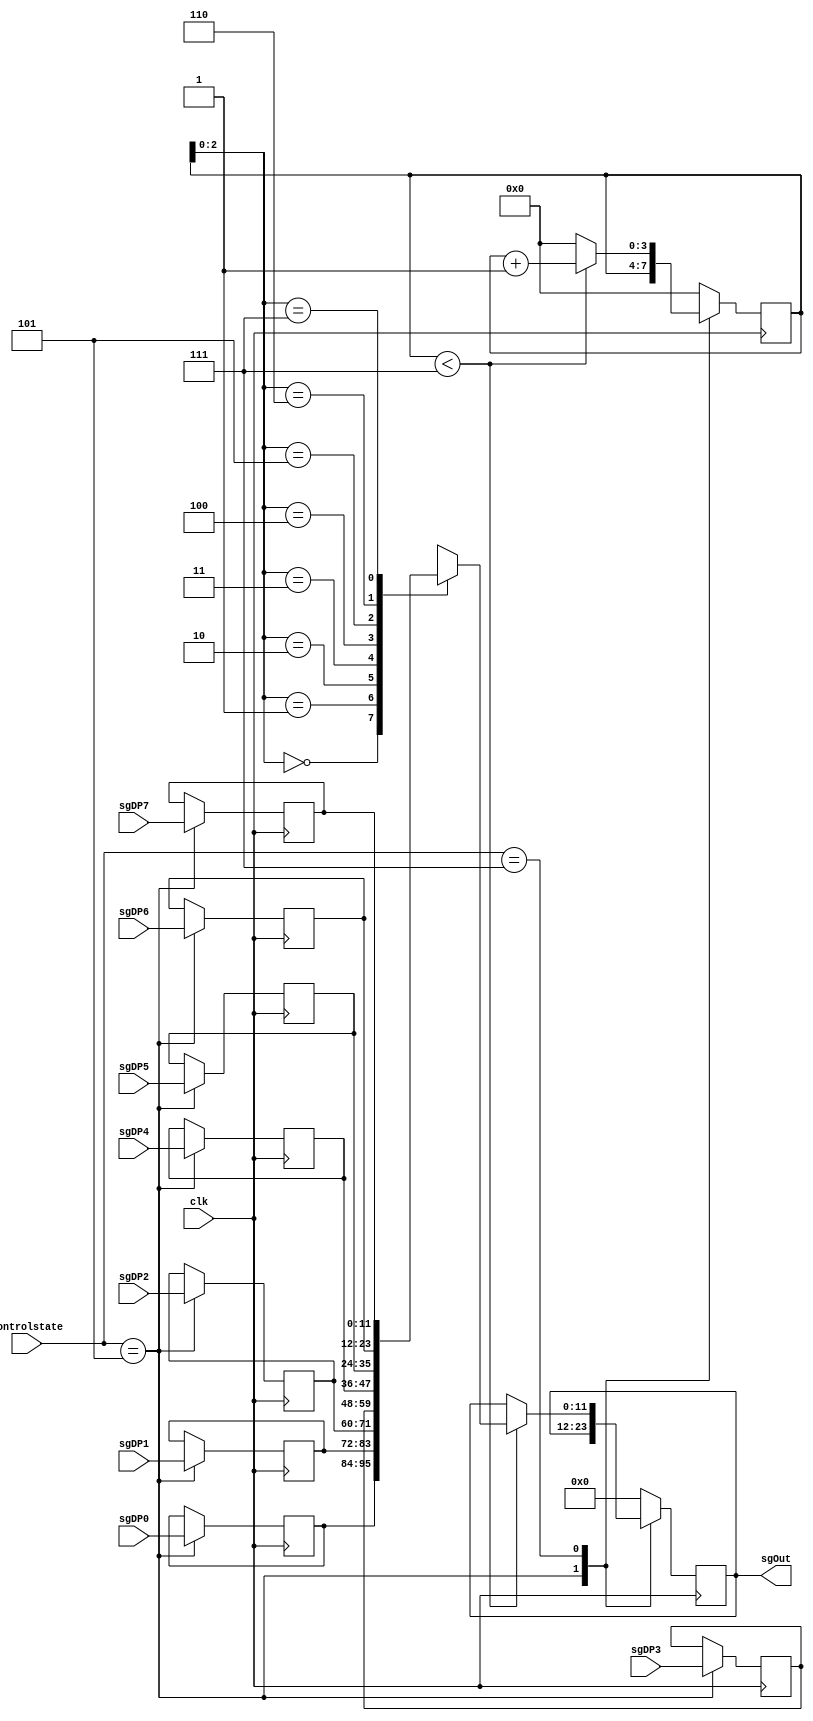
module sigGen (
	input clk,
	input [3:0] controlstate,
	input [11:0] sgDP0,
	input [11:0] sgDP1,
	input [11:0] sgDP2,
	input [11:0] sgDP3,
	input [11:0] sgDP4,
	input [11:0] sgDP5,
	input [11:0] sgDP6,
	input [11:0] sgDP7,
	output reg [11:0] sgOut
);

	reg [3:0] sgState;
	reg [11:0] sgDP [7:0];

	always @(negedge clk) begin //DAC CLOCKS DATA ON POSEDGE, LOOP RUNS ON NEGEDGE TO ALLOW AMPLE TIME BEFORE DAC DOES STUFF
		case (controlstate)
			default : begin
				sgState <= 4'h0;
				sgOut[11:0] <= 12'b0;
			end
			4'h5 : begin
				sgDP [0] <= sgDP0;
				sgDP [1] <= sgDP1;
				sgDP [2] <= sgDP2;
				sgDP [3] <= sgDP3;
				sgDP [4] <= sgDP4;
				sgDP [5] <= sgDP5;
				sgDP [6] <= sgDP6;
				sgDP [7] <= sgDP7;
			end
			4'h7 : begin
				if (sgState < 4'h7) begin
					sgOut[11:0] <= sgDP[sgState][11:0]; //SINGLE STATE FSM, GENIUS.
					sgState <= sgState + 1'b1;				
				end else begin
					sgState <= 4'h0;
				end
//				case (sgState)
//					BEGIN : begin
//						SGout[11:0] <= sgDP[0][11:0];
//						sgState <= ST1;
//					end
//					ST1 : begin
//						SGout[11:0] <= sgDP[1][11:0];
//						sgState <= ST2;
//					end
//					ST2 : begin
//						SGout[11:0] <= sgDP[2][11:0];
//						sgState <= ST3;
//					end
//					ST3 : begin
//						SGout[11:0] <= sgDP[3][11:0];
//						sgState <= ST4;
//					end
//					ST4 : begin
//						SGout[11:0] <= sgDP[4][11:0];
//						sgState <= ST5;
//					end
//					ST5 : begin
//						SGout[11:0] <= sgDP[5][11:0];
//						sgState <= ST6;
//					end
//					ST6 : begin
//						SGout[11:0] <= sgDP[6][11:0];
//						sgState <= ST7;
//					end
//					ST7 : begin
//						SGout[11:0] <= sgDP[7][11:0];
//						sgState <= BEGIN;
//					end
//				endcase
			end
		endcase
	end
endmodule